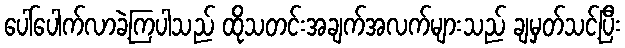
ပေါ်ပေါက်လာခဲ့ကြပါသည် ထိုသတင်းအချက်အလက်များသည် ချမှတ်သင့်ပြီး